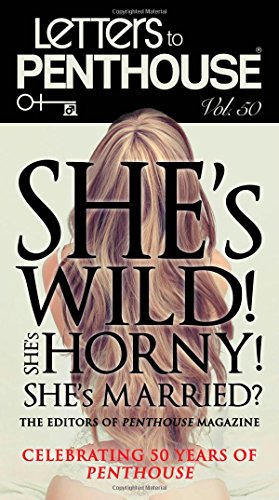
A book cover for Letters to Penthouse Vol. 50: She's Wild! She's Horny! She's Married?; Penthouse International; Romance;